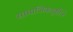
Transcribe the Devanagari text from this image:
सामाजिकदृष्टीने